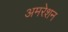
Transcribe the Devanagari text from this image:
अमरेशन